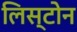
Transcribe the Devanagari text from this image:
लिस्टोन